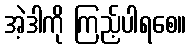
အဲ့ဒါကို ကြည့်ပါရစေ။